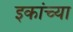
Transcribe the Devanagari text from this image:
इकांच्या